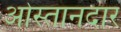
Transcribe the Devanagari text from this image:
ओस्तानदार